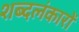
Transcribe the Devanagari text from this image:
शब्दलंकारों